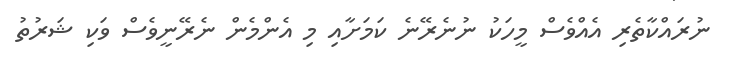
ނުރައްކާތެރި އެއްވެސް މީހަކު ނުނެރޭނެ ކަމަށާއި މި އެންމެން ނެރޭނީވެސް ވަކި ޝަރުތު